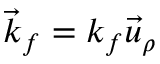
\vec { k } _ { f } = k _ { f } \vec { u } _ { \rho }